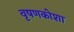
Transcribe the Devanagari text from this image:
वृषणकोशा